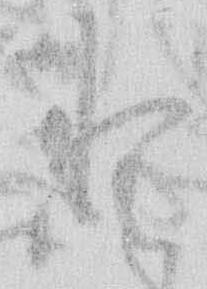
と